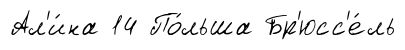
Ал'и́на 14 По́льша Бр'юсс'е́ль